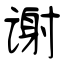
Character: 谢